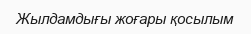
Жылдамдығы жоғары қосылым